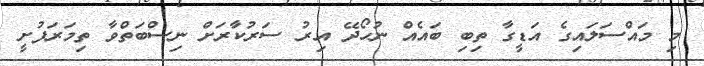
މި މައްސަަލައިގެ އަޑީގާ ތިބި ބައެއް ނުހޯދޭ އިރު ސަރުކާރަށް ނިސްބަތްވާ ތިމަރަފުށީ